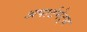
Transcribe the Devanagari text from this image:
अपार्टमेट्स